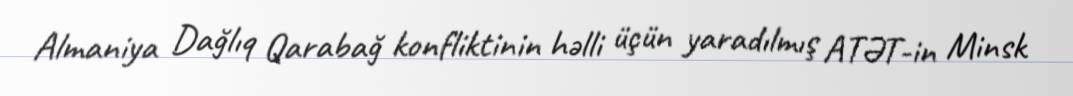
Almaniya Dağlıq Qarabağ konfliktinin həlli üçün yaradılmış ATƏT-in Minsk